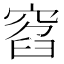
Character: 窞